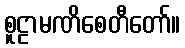
စူဠာမဏိစေတီတော်။